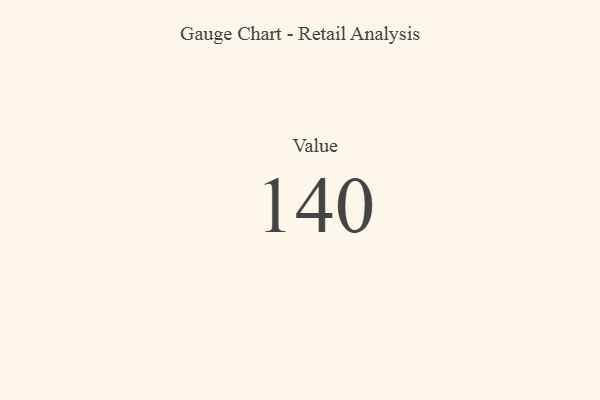
{"axis": {"x": "Metric", "y": "Value"}, "legend": [""], "data": [{"x": "Value", "y": 140, "type": ""}]}